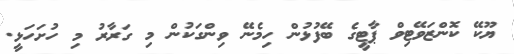
ޔޫކޭ ކޮންޒަވޭޓިވް ޕާޓީގެ ބޭފުޅުން ހިމެނޭ ވިންގަކުން މި ގަރާރު މި ހުށަހަޅީ.